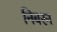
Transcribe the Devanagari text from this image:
निबरन